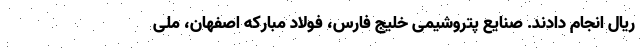
ریال انجام دادند. صنایع پتروشیمی خلیج فارس، فولاد مبارکه اصفهان، ملی